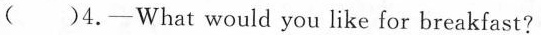
( )4.—What would you like for breakfast?